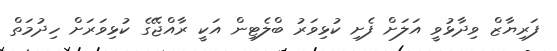
ފަރިޔާޒް ވިދާޅުވީ އަލަށް ފެށި ކުޅިވަރު ބްލެޓިން އަކީ ރާއްޖޭގެ ކުޅިވަރަށް ހިދުމަތް